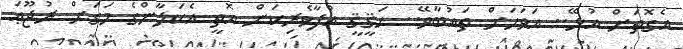
އެގޮތަށް އުޅޭ.. އަވަހަށް ތައުބާވޭ.. ޙަޤީޤީ އުފާވެރިކަން އޮތީ އެކަލާންގެ މަގަށް ރުޖޫޢަ